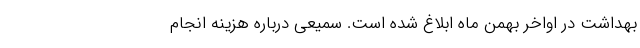
بهداشت در اواخر بهمن ماه ابلاغ شده است. سمیعی درباره هزینه انجام